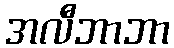
အလီဘာဘာ